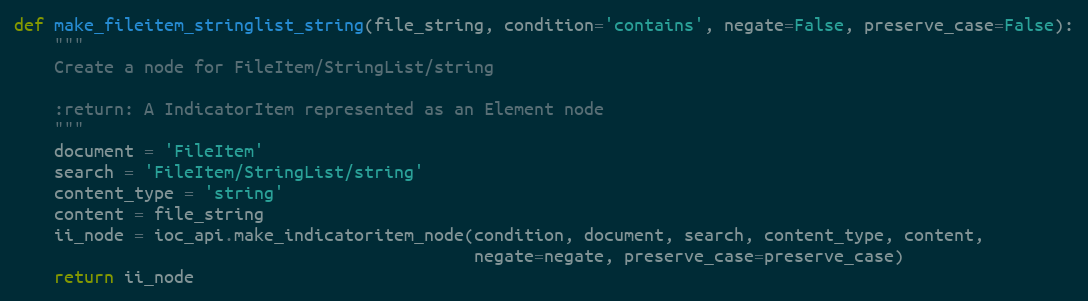
Language: Python
def make_fileitem_stringlist_string(file_string, condition='contains', negate=False, preserve_case=False):
    """
    Create a node for FileItem/StringList/string

    :return: A IndicatorItem represented as an Element node
    """
    document = 'FileItem'
    search = 'FileItem/StringList/string'
    content_type = 'string'
    content = file_string
    ii_node = ioc_api.make_indicatoritem_node(condition, document, search, content_type, content,
                                              negate=negate, preserve_case=preserve_case)
    return ii_node